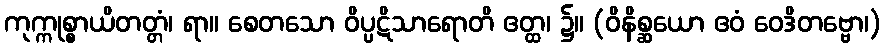
ကုက္ကုစ္စာယိတတ္တံ၊ ရာ။ စေတသော ဝိပ္ပဋိသာရောတိ ဧတ္ထ၊ ၌။ (ဝိနိစ္ဆယော ဧဝံ ဝေဒိတဗ္ဗော၊)